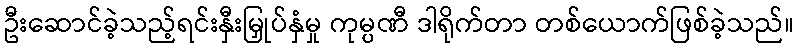
ဦးဆောင်ခဲ့သည့်ရင်းနှီးမြှုပ်နှံမှု ကုမ္ပဏီ ဒါရိုက်တာ တစ်ယောက်ဖြစ်ခဲ့သည်။